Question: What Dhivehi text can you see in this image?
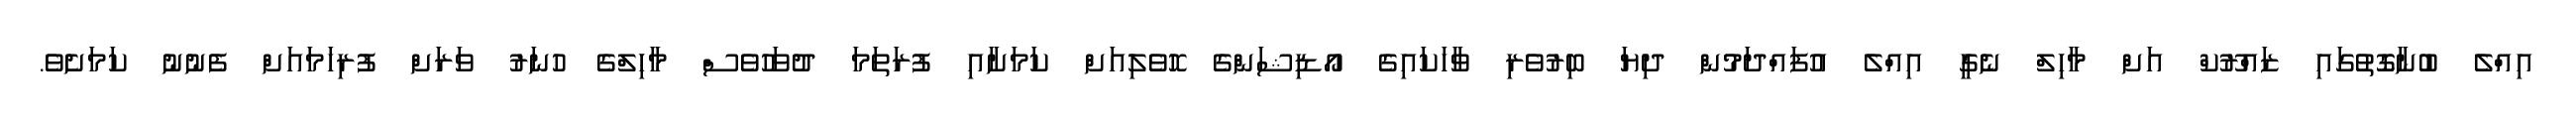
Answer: އިއްލެ ބުނާގޮތުގައި ޒައްރޫކް އަށް މާހިލް ނެގީ އިއްލެ އުފައްދަމުން ދިޔަ ބިރުވެރި ވާހަކައިގެ އޯޑިޝަންގެ ހޮވެލިއަށް ކަމަށާއި ފުރަތަމަ ދުވަހުވެސް މާހިލްގެ ހުނަރު ވަރަށް ފުރިހަމައަށް ފެނުނު ކަމަށެވެ.